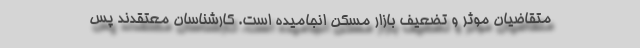
متقاضیان موثر و تضعیف بازار مسکن انجامیده است. کارشناسان معتقدند پس